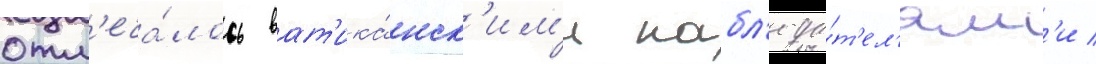
отм'еча́лось ват'ика́нск'им'и набл'юда́т'ел'ям'и /